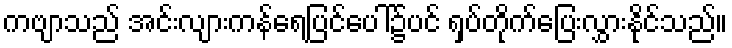
ကဗျာသည် အင်းလျားကန်ရေပြင်ပေါ်၌ပင် ရှပ်တိုက်ပြေးလွှားနိုင်သည်။